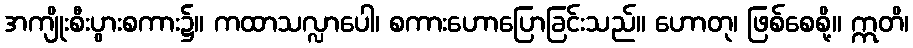
အကျိုးစီးပွားစကား၌။ ကထာသလ္လာပေါ၊ စကားဟောပြောခြင်းသည်။ ဟောတု၊ ဖြစ်စေစို့။ ဣတိ၊